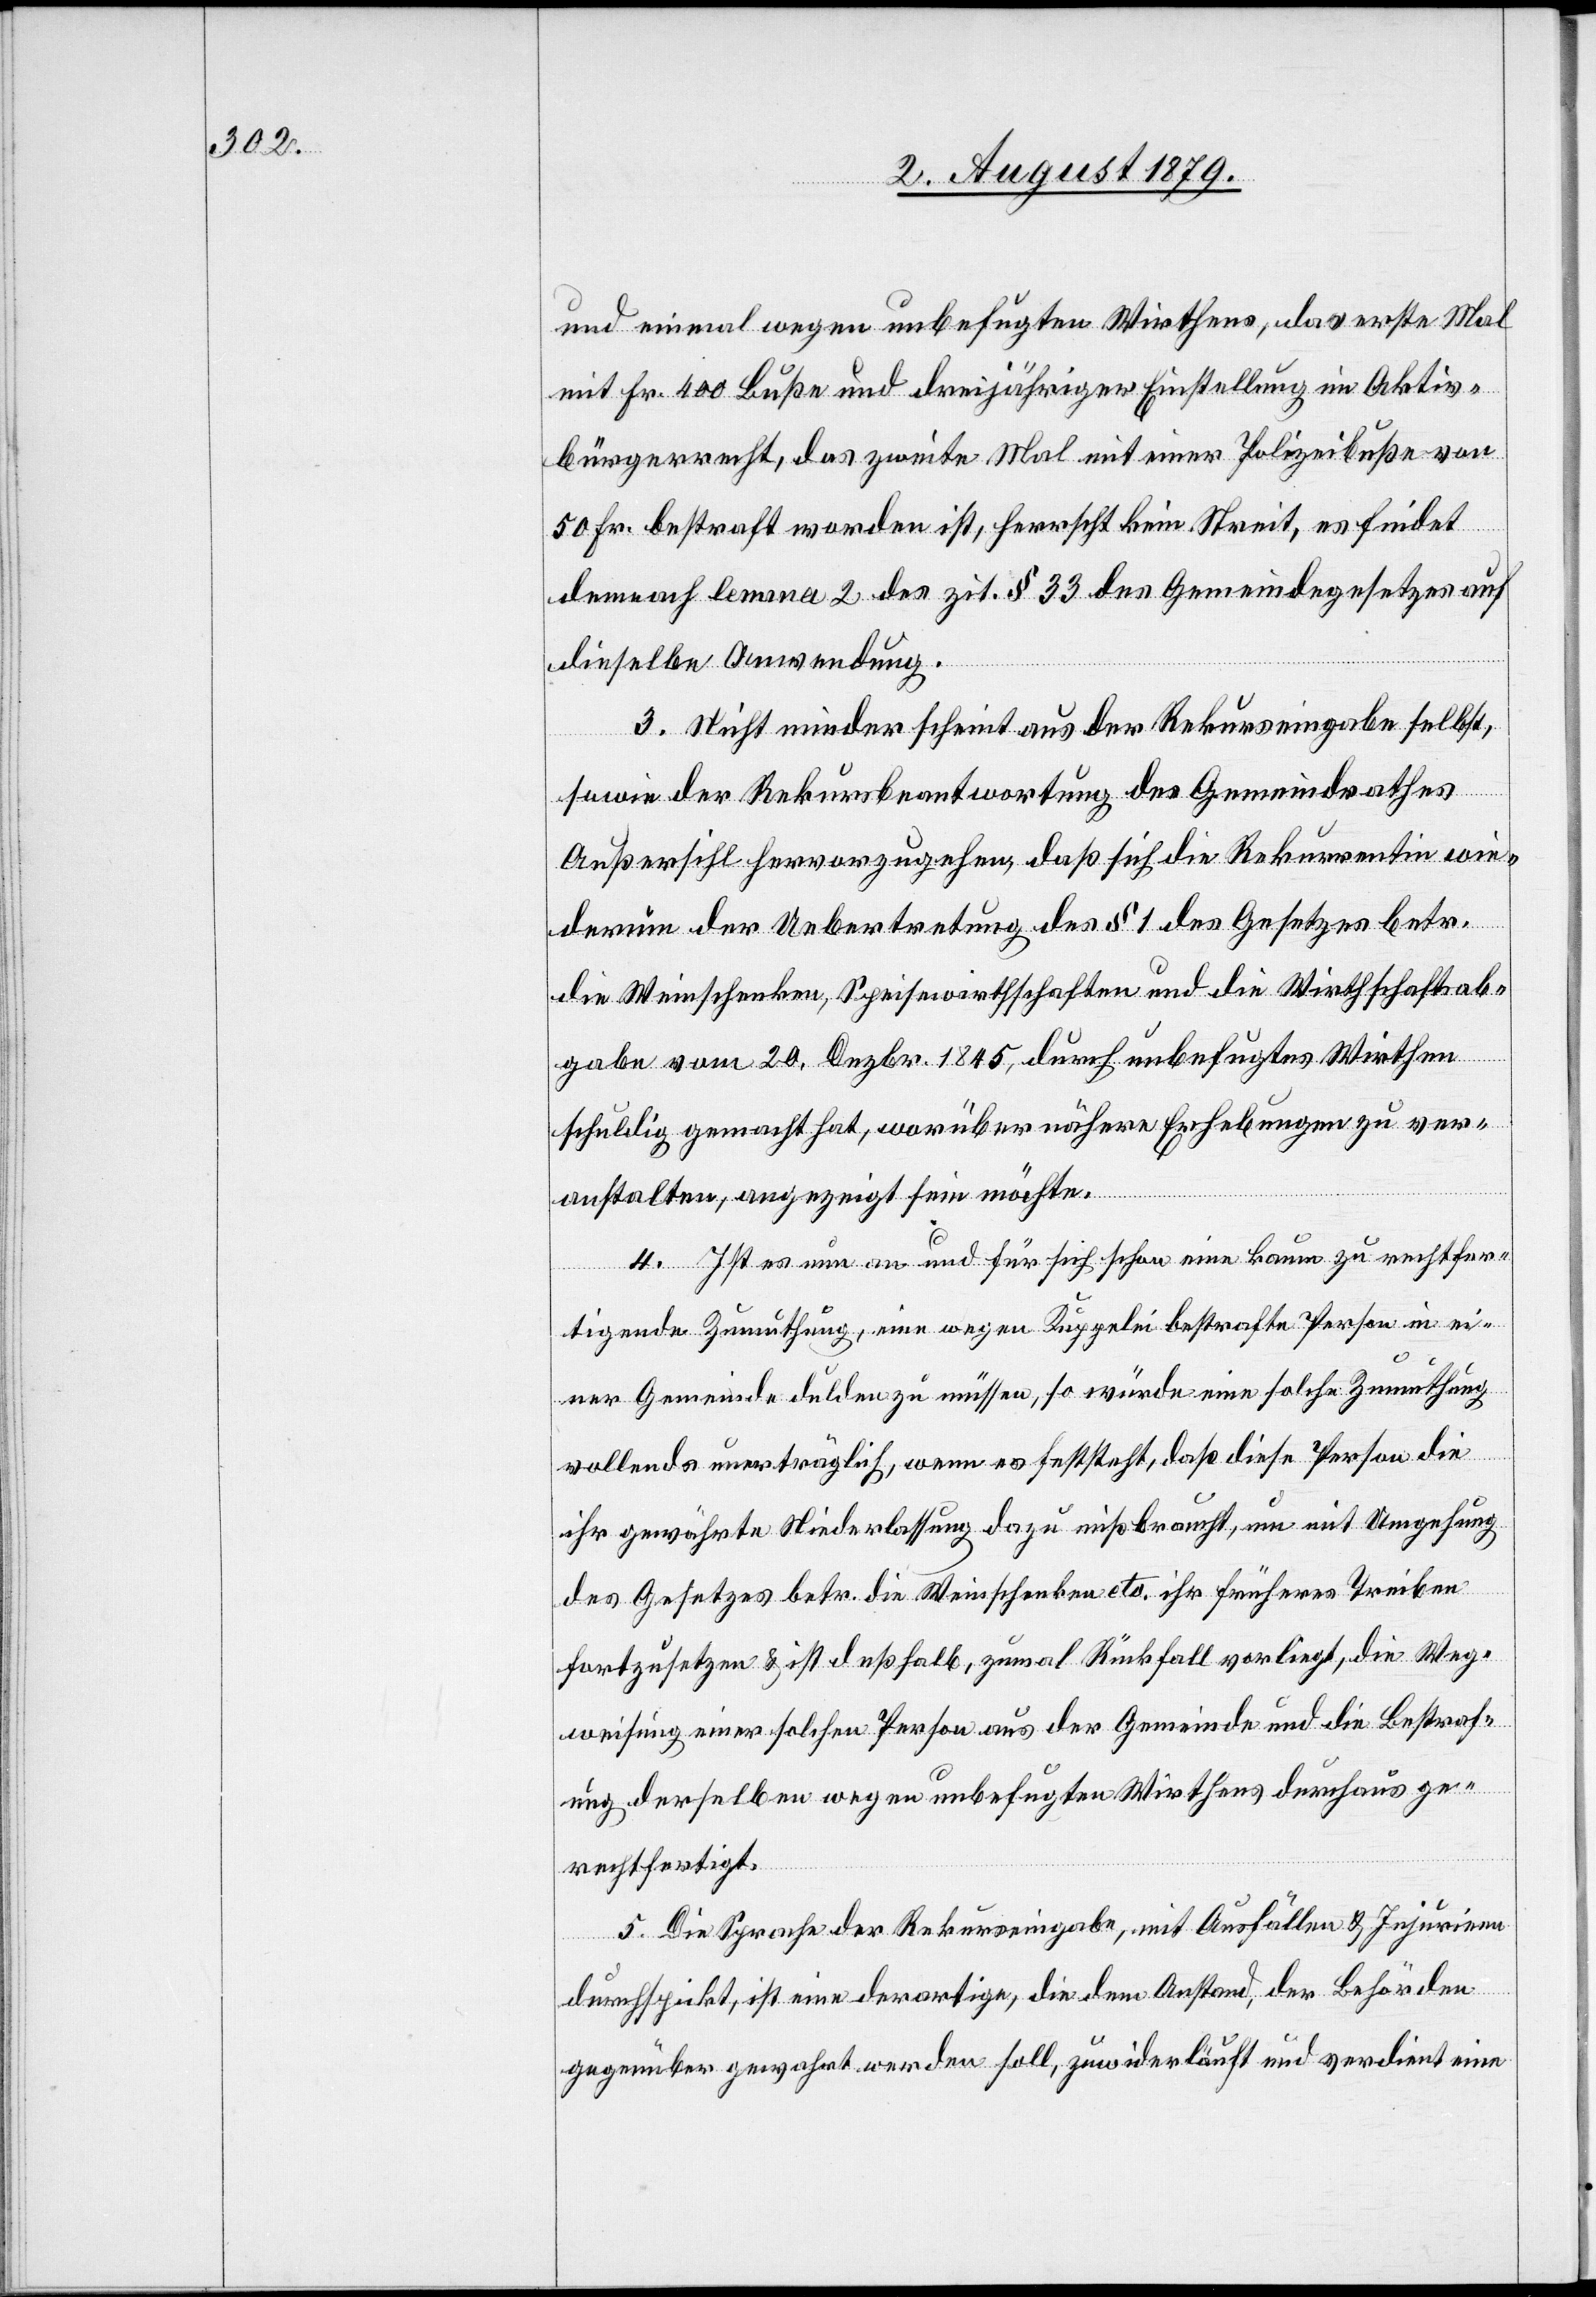
und einmal wegen unbefugten Wirthens, das erste Mal
mit Fr. 400 Buß und dreijähriger Einstellung im Aktiv¬
bürgerrecht, das zweite Mal mit einer Polizeibuße von
50 Fr. bestraft worden ist, herrscht kein Streit, es findet
demnach lemma 2 des zit. § 33 des Gemeindegesetzes auf
dieselbe Anwendung.
3. Nicht minder scheint aus der Rekurseingabe selbst,
sowie der Rekursbeantwortung des Gemeindrathes
Außersihl hervorzugehen, daß sich die Rekurrentin wie¬
derum der Uebertretung des § 1 des Gesetzes betr.
die Weinschenken, Speisewirthschaften und die Wirthschaftsab¬
gabe vom 20. Dezbr. 1845, durch unbefugtes Wirthen
schuldig gemacht hat, worüber nähere Erhebungen zu ver¬
anstalten, angezeigt sein möchte.
4. Ist es nun an und für sich schon eine kaum zu rechtfer¬
tigende Zumuthung, eine wegen Kuppelei bestrafte Person in ei¬
ner Gemeinde dulden zu müssen, so würde eine solche Zumuthung
vollends unerträglich, wenn es feststeht, daß diese Person die
ihr gewährte Niederlassung dazu missbraucht, um mit Umgehung
des Gesetzes betr. die Weinschenken etc. ihr früheres Treiben
fortzusetzen & ist deßhalb, zumal Rückfall vorliegt, die Weg¬
weisung einer solchen Person aus der Gemeinde und die Bestraf¬
ung derselben wegen unbefugten Wirthens durchaus ge¬
rechtfertigt.
5. Die Sprache der Rekurseingabe, mit Ausfällen & Injurien
durchspickt, ist eine derartige, die dem Anstand, der Behörden
gegenüber gewahrt werden soll, zuwiderläuft und verdient eine